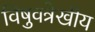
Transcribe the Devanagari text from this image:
विषुवत्रेखीय